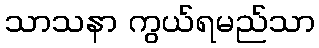
သာသနာ ကွယ်ရမည်သာ